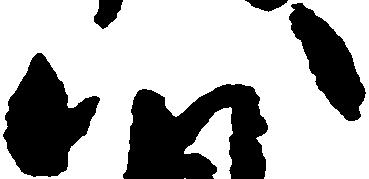
八